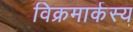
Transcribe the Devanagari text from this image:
विक्रमार्कस्य